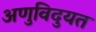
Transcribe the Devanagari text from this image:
अणुविदुयत